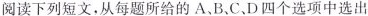
阅读下列短文,从每题所给的A、B、C、D四个选项中选出